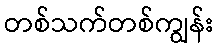
တစ်သက်တစ်ကျွန်း